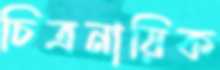
চিত্রনায়িক